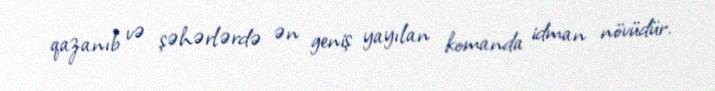
qazanıb və şəhərlərdə ən geniş yayılan komanda idman növüdür.